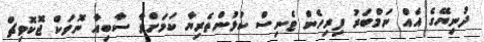
ދުނިޔޭގެ އެއް ނަމްބަރު ފިރިހެން ޓެނިސް ކުޅުންތެރިޔާ ކަމަށްވާ ސާބިއާ ނޮވަކް ޖޮކޮވިޗް